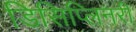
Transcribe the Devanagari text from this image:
डिसिप्लिनरी